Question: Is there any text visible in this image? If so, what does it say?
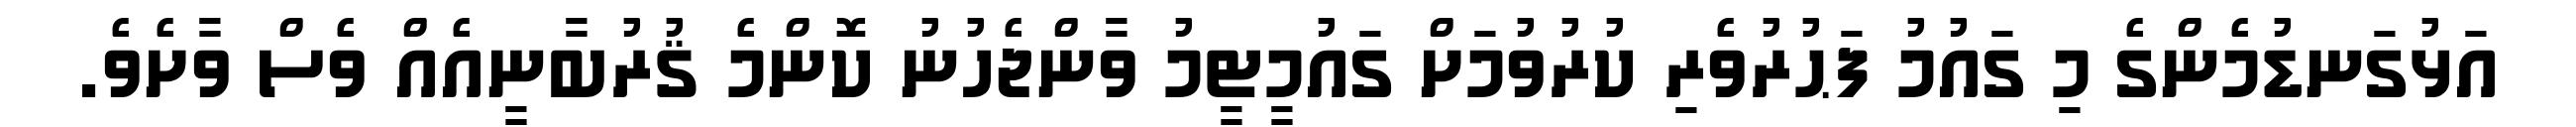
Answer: އަޅުގަނޑުމެންގެ މި ގައުމު ފަޙުރުވެރި ކުރުވުމަށް ގައުމީޓީމު ވާންޖެހުނު ކޮންމެ ޤުރުބާނީއެއް ވެސް ވާށެވެ.